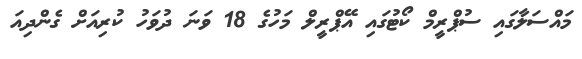
މައްސަލާގައި ސުޕްރީމް ކޯޓުގައި އޭޕްރީލް މަހުގެ 18 ވަނަ ދުވަހު ކުރިއަށް ގެންދިއަ